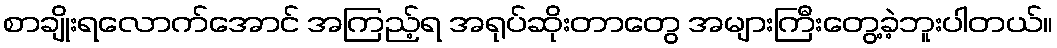
စာချိုးရလောက်အောင် အကြည့်ရ အရုပ်ဆိုးတာတွေ အများကြီးတွေ့ခဲ့ဘူးပါတယ်။